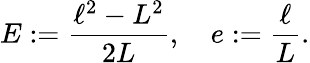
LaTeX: E:=\frac{\ell^{2}-L^{2}}{2L},\quad e:=\frac{\ell}{L}.